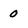
Character: 0